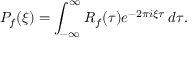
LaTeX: P _ { f } ( \xi ) = \int _ { - \infty } ^ { \infty } R _ { f } ( \tau ) e ^ { - 2 \pi i \xi \tau } \, d \tau .